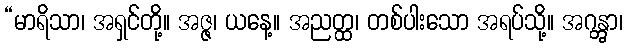
“မာရိသာ၊ အရှင်တို့။ အဇ္ဇ၊ ယနေ့။ အညတ္ထ၊ တစ်ပါးသော အရပ်သို့။ အဂန္တွာ၊